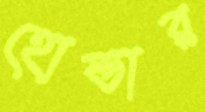
হোল্ডার